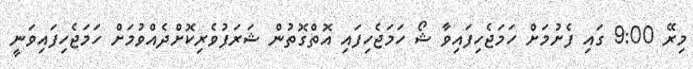
މިރޭ 9:00 ގައި ފެށުމަށް ހަމަޖެހިފައިވާ ޝޯ ހަމަޖެހިފައި އޮތްގޮތުން ޝަރަފުވެރިކޮށްދެއްވުމަށް ހަމަޖެހިފައިވަނީ